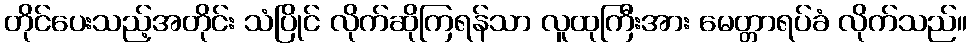
တိုင်ပေးသည့်အတိုင်း သံပြိုင် လိုက်ဆိုကြရန်သာ လူထုကြီးအား မေတ္တာရပ်ခံ လိုက်သည်။